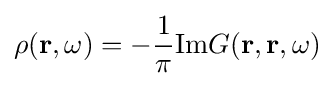
\rho (\mathbf {r} ,\omega )=-{\frac {1}{\pi }}\mathrm {Im} G(\mathbf {r} ,\mathbf {r} ,\omega )